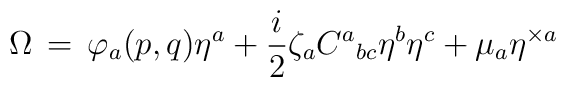
\Omega\,=\,\varphi_a(p,q)\eta^a+\frac{i}{2}\zeta_aC^a{}_{bc}\eta^b\eta^c+\mu_a\eta^{\times a}